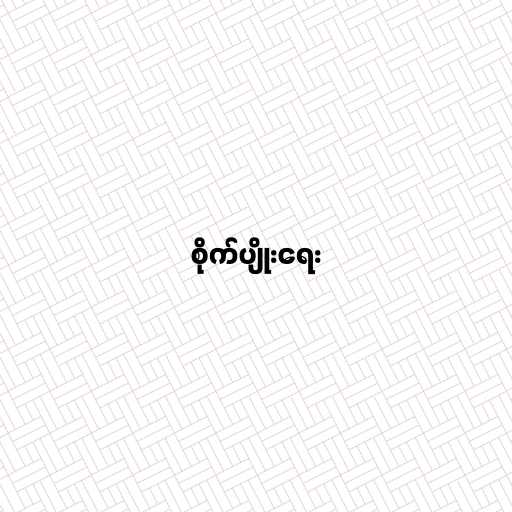
စိုက်ပျိုးရေး